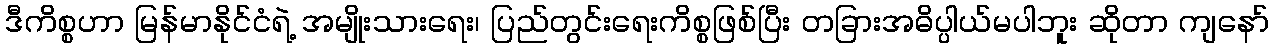
ဒီကိစ္စဟာ မြန်မာနိုင်ငံရဲ့ အမျိုးသားရေး၊ ပြည်တွင်းရေးကိစ္စဖြစ်ပြီး တခြားအဓိပ္ပါယ်မပါဘူး ဆိုတာ ကျနော်